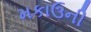
મકાઉની